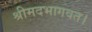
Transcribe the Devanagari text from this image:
श्रीमदभागवत।